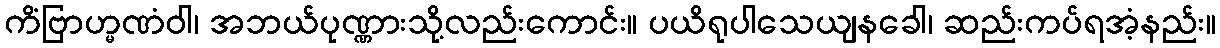
ကိံဗြာဟ္မဏံဝါ၊ အဘယ်ပုဏ္ဏားသို့လည်းကောင်း။ ပယိရုပါသေယျနခေါ၊ ဆည်းကပ်ရအံ့နည်း။